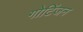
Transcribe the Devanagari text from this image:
गोटिंजन